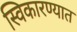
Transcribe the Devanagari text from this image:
स्विकारण्यात